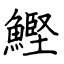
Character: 鰹